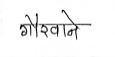
मजकूर: गौरवाने